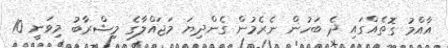
އާއްމު ގޮތެއްގައި ދެ ބަހުން ނެރެމުން ގެންދިޔަ މަޖައްލާގެ މިޝްރާބު މިވަނީ 10